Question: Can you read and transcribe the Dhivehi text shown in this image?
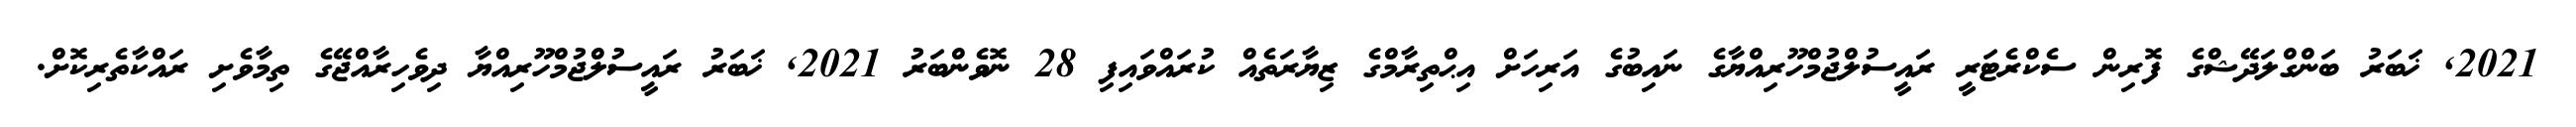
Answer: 2021, ޚަބަރު ބަންގްލަދޭޝްގެ ފޮރިން ސެކްރެޓަރީ ރައީސުލްޖުމްހޫރިއްޔާގެ ނައިބުގެ އަރިހަށް އިޙްތިރާމްގެ ޒިޔާރަތެއް ކުރައްވައިފި 28 ނޮވެންބަރު 2021, ޚަބަރު ރައީސުލްޖުމްހޫރިއްޔާ ދިވެހިރާއްޖޭގެ ތިމާވެށި ރައްކާތެރިކޮށް.